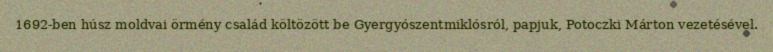
1692-ben húsz moldvai örmény család költözött be Gyergyószentmiklósról, papjuk, Potoczki Márton vezetésével.